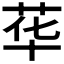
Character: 𱽣